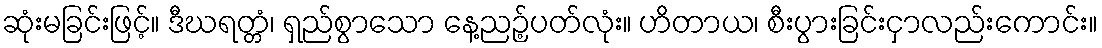
ဆုံးမခြင်းဖြင့်။ ဒီဃရတ္တံ၊ ရှည်စွာသော နေ့ညဉ့်ပတ်လုံး။ ဟိတာယ၊ စီးပွားခြင်းငှာလည်းကောင်း။